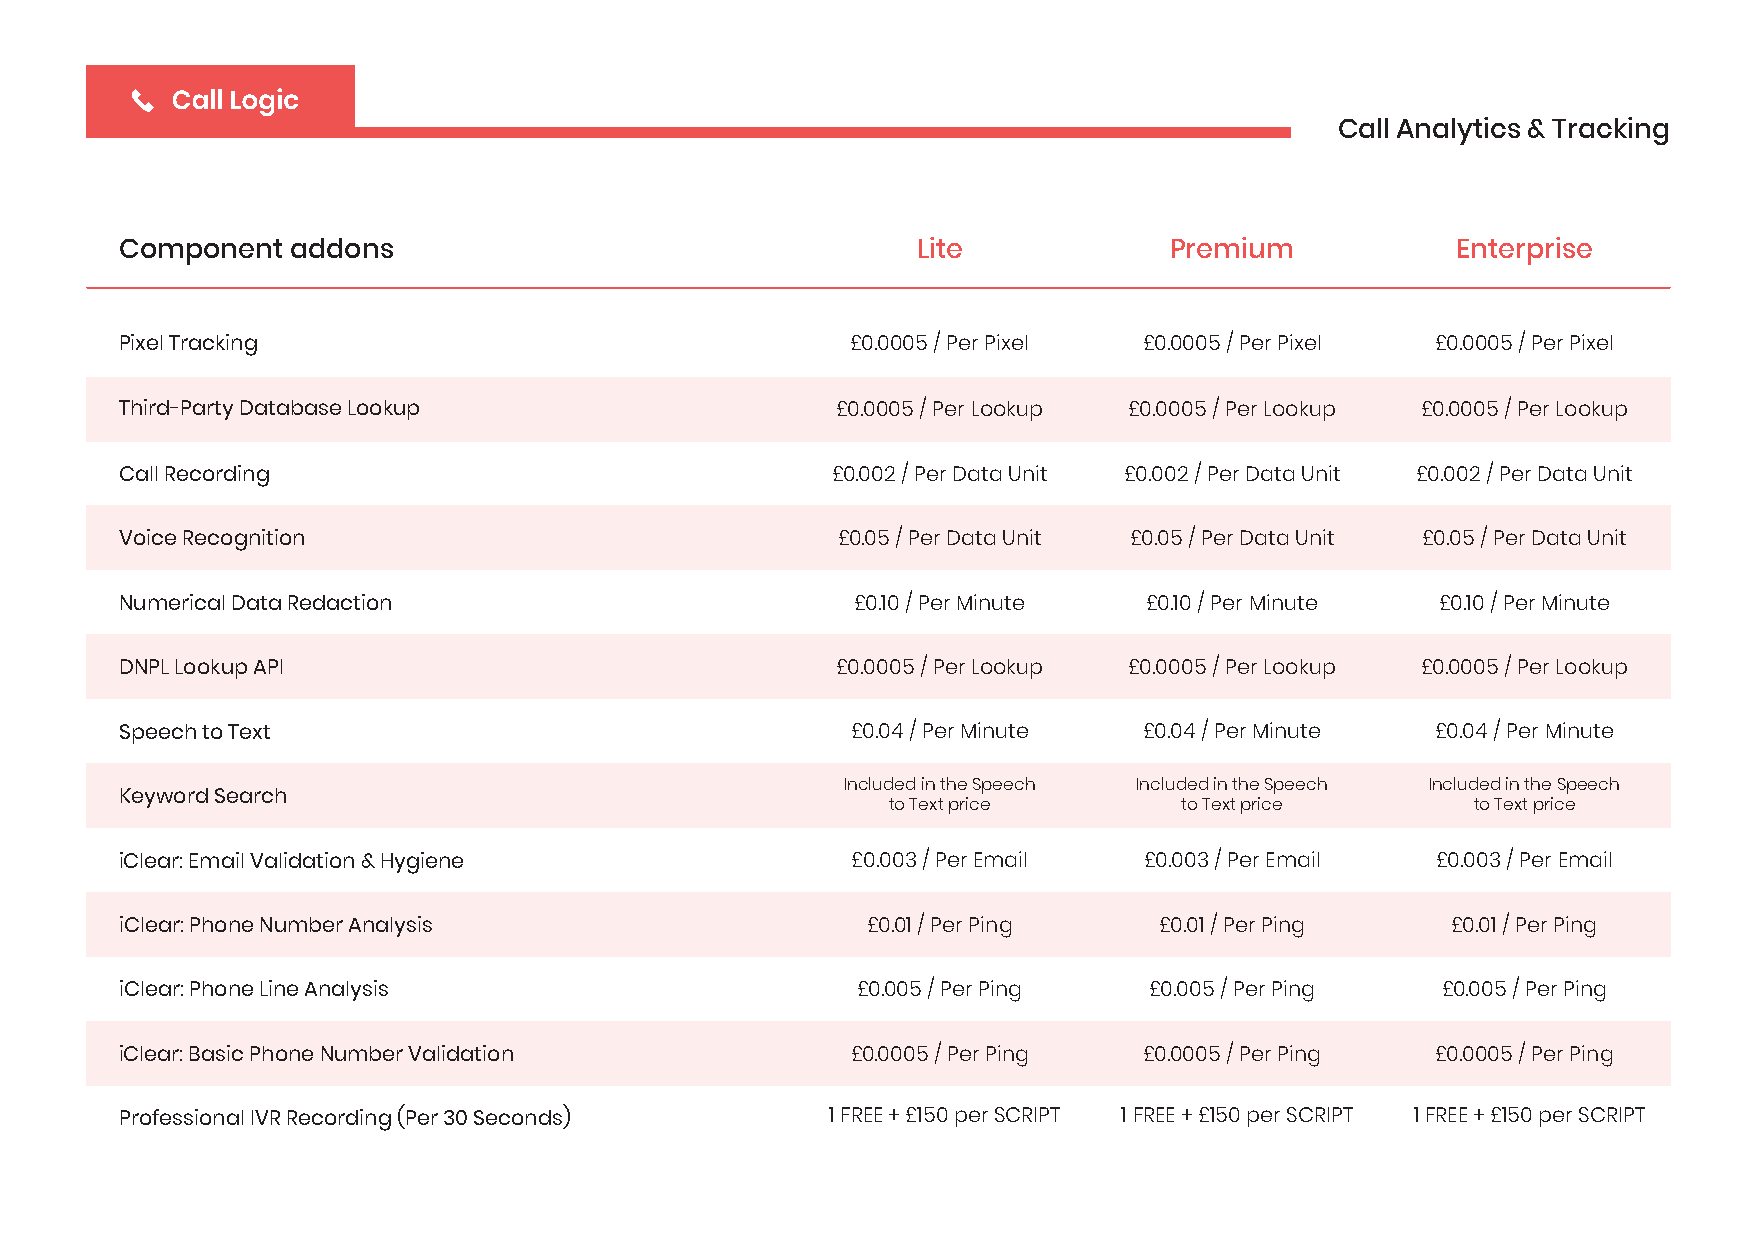
Call Analytics & Tracking
 Component  addons                                    Lite            Premium            Enterprise
 Pixel Tracking                                  £0.0005 / Per Pixel £0.0005 / Per Pixel £0.0005 / Per Pixel
 Third-Party Database Lookup                    £0.0005 / Per Lookup £0.0005 / Per Lookup £0.0005 / Per Lookup
 Call Recording                                 £0.002 / Per Data Unit £0.002 / Per Data Unit £0.002 / Per Data Unit
 Voice Recognition                              £0.05 / Per Data Unit £0.05 / Per Data Unit £0.05 / Per Data Unit
 Numerical Data Redaction                         £0.10 / Per Minute £0.10 / Per Minute £0.10 / Per Minute
 DNPL Lookup API                                £0.0005 / Per Lookup £0.0005 / Per Lookup £0.0005 / Per Lookup
 Speech to Text                                  £0.04 / Per Minute  £0.04 / Per Minute £0.04 / Per Minute
 Included in the Speech Included in the Speech Included in the Speech
 Keyword Search
 to Text price      to Text price       to Text price
 iClear: Email Validation & Hygiene              £0.003 / Per Email  £0.003 / Per Email £0.003 / Per Email
 iClear: Phone Number Analysis                    £0.01 / Per Ping    £0.01 / Per Ping   £0.01 / Per Ping
 iClear: Phone Line Analysis                      £0.005 / Per Ping  £0.005 / Per Ping  £0.005 / Per Ping
 iClear: Basic Phone Number Validation           £0.0005 / Per Ping  £0.0005 / Per Ping £0.0005 / Per Ping
 Professional IVR Recording (Per 30 Seconds)    1 FREE + £150 per SCRIPT 1 FREE + £150 per SCRIPT 1 FREE + £150 per SCRIPT